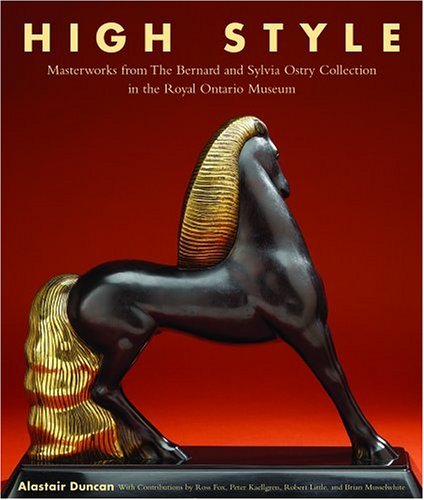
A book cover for High Style: Masterworks from the Bernard & Sylvia Ostry Collection; Alastair Duncan; Crafts, Hobbies & Home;